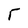
Character: T